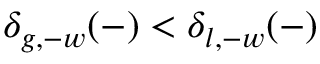
\delta _ { g , - w } ( - ) < \delta _ { l , - w } ( - )